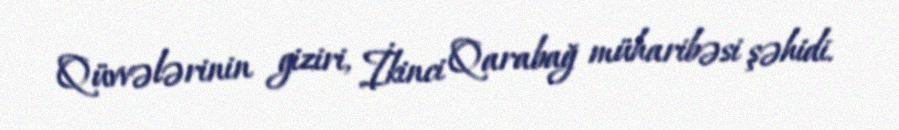
Qüvvələrinin giziri, İkinci Qarabağ müharibəsi şəhidi.